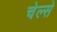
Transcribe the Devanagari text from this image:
चेल्से